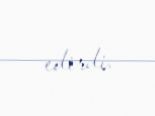
edirdi.